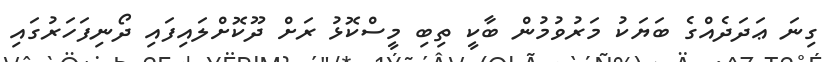
ގިނަ ޢަދަދެއްގެ ބަޔަކު މަރުވުމުން ބާކީ ތިބި މީސްކޮޅު ރަށް ދޫކޮށްލައިފައި ދޯނިފަހަރުގައި